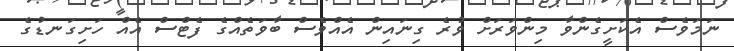
ނަމަވެސް އެކަށީގެންވާ މިންވަރަށް ވުރެ ގިނައިން އެއްވެސް ބާވަތެއްގެ ފެޓްސް އެއް ހަށިގަނޑުގެ